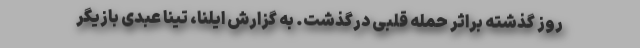
روز گذشته براثر حمله قلبی درگذشت. به گزارش ایلنا، تینا عبدی بازیگر